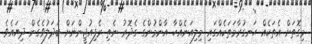
މިގޮތަށް އެތަކެއް ހަނގުރާމަތަކެއްގައި މިލިއަނެއްހާ އާންމުންގެ ގެދޮރު ނެތި ރެފިއުޖީންނަށް ބަދަލުވެގެން ދިޔައެވެ.